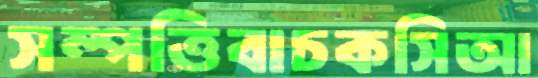
সম্পত্তিবাচকসিআ